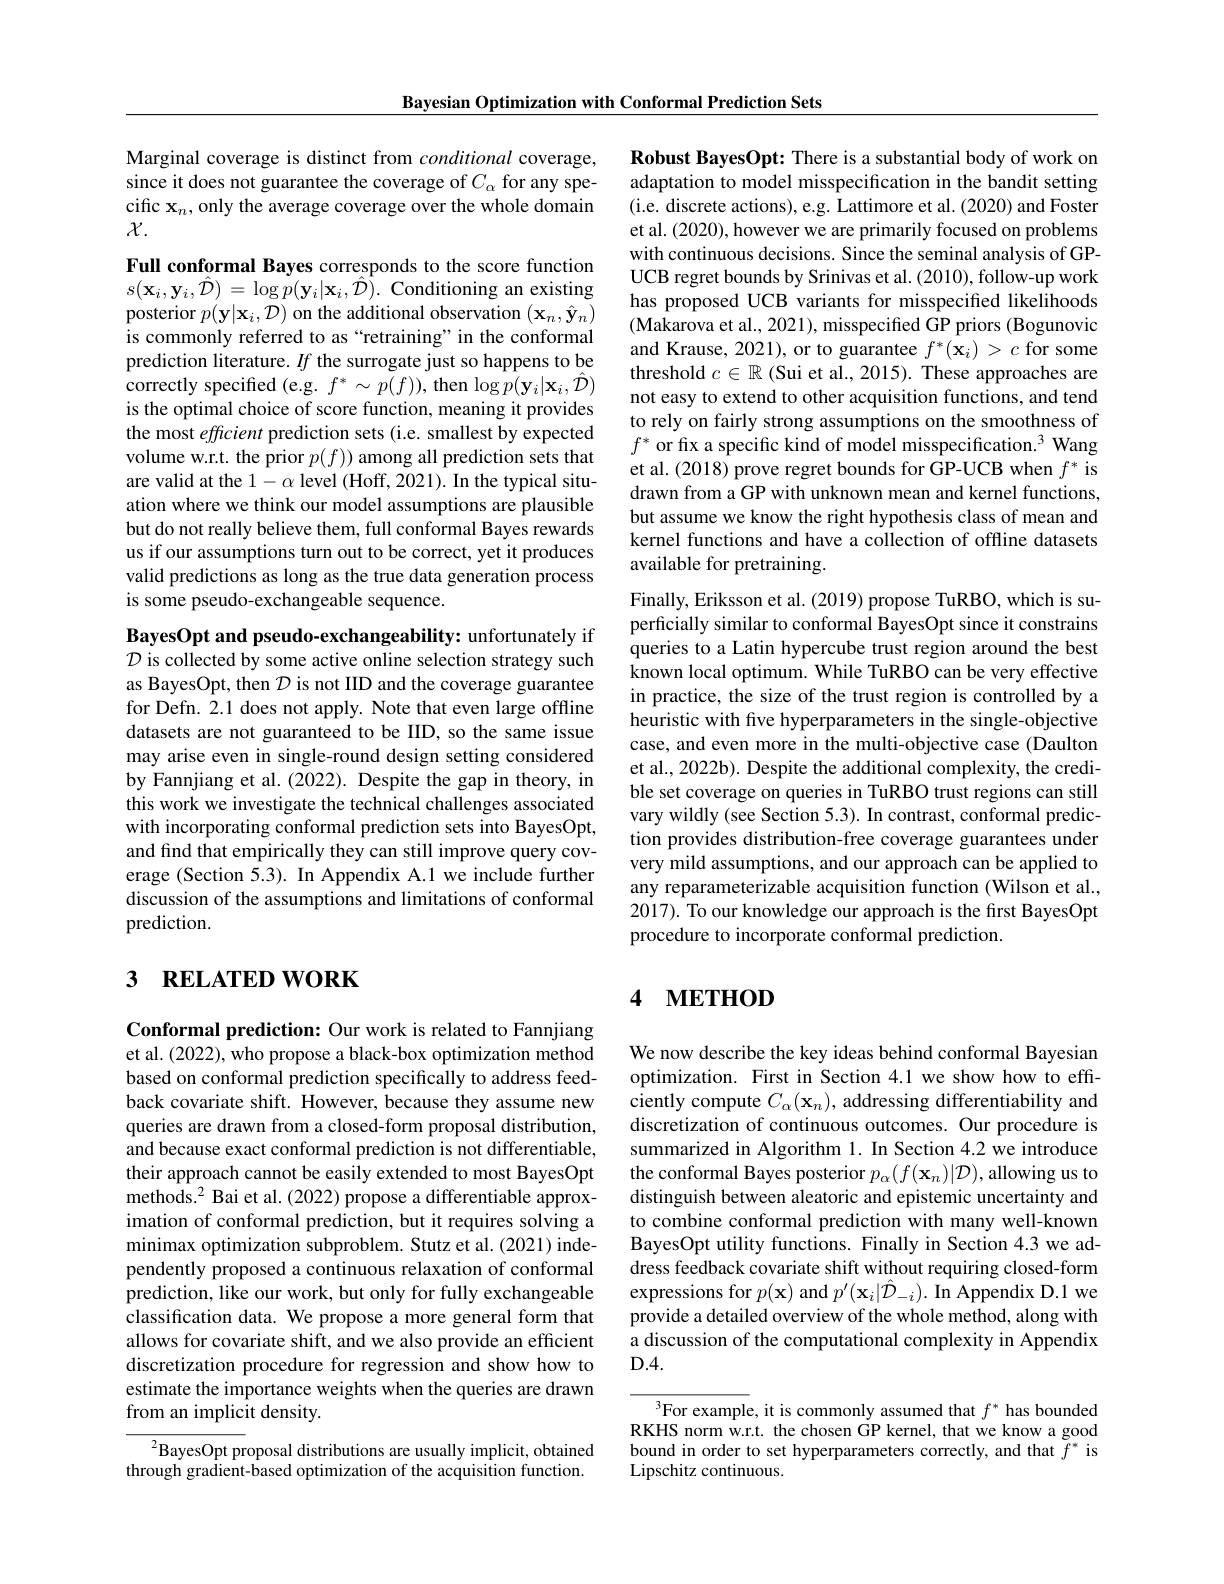
Bayesian Optimization with Conformal Prediction Sets

Marginal coverage is distinct from conditional coverage, since it does not guarantee the coverage of $C_\alpha$ for any specific $\mathbf{x}_n$,only the average coverage over the whole domain $\chi.$

Full conformal Bayes corresponds to the score function $s(\mathbf{x}_{i},\mathbf{y}_{i},\hat{\mathcal{D}})=\log\dot{p}(\mathbf{y}_{i}|\mathbf{x}_{i},\hat{\mathcal{D}}).$ Conditioning an existing posterior $p(\mathbf{y}|\mathbf{x}_{i},\mathcal{D})$ on the additional observation $(\mathbf{x}_{n},\hat{\mathbf{y}}_{n})$ is commonly referred to as “retraining”in the conformal prediction literature. $If$ the surrogate just so happens to be correctly specified ( e. g. $f^{* }\sim p( f) ) $, then log $p( \mathbf{y} _{i}| \mathbf{x} _{i}, \hat{\mathcal{D} } )$ is the optimal choice of score function, meaning it provides the most efficient prediction sets (i.e. smallest by expected volume w.r.t. the prior $p(f))$ among all prediction sets that are valid at the $1-\alpha$ level (Hoff, 2021). In the typical situation where we think our model assumptions are plausible but do not really believe them, full conformal Bayes rewards us if our assumptions turn out to be correct, yet it produces valid predictions as long as the true data generation process is some pseudo-exchangeable sequence.

BayesOpt and pseudo-exchangeability: unfortunately if $\mathcal{D}$ is collected by some active online selection strategy such as BayesOpt, then $\mathcal{D}$ is not IID and the coverage guarantee for Defn. 2.1 does not apply. Note that even large offline datasets are not guaranteed to be IID, so the same issue may arise even in single-round design setting considered by Fannjiang et al. (2022). Despite the gap in theory, in this work we investigate the technical challenges associated with incorporating conformal prediction sets into BayesOpt, and find that empirically they can still improve query coverage (Section 5.3). In Appendix A.1 we include further discussion of the assumptions and limitations of conformal prediction.

# 3 RELATED WORK

Conformal prediction: Our work is related to Fannjiang et al. (2022), who propose a black-box optimization method based on conformal prediction specifically to address feedback covariate shift. However, because they assume new queries are drawn from a closed-form proposal distribution, and because exact conformal prediction is not differentiable, their approach cannot be easily extended to most BayesOpt ${\mathrm{methods.}^{2}}$Bai et al.(2022)propose a differentiable approximation of conformal prediction, but it requires solving a minimax optimization subproblem. Stutz et al. (2021) independently proposed a continuous relaxation of conformal prediction, like our work, but only for fully exchangeable classification data. We propose a more general form that allows for covariate shift, and we also provide an efficient discretization procedure for regression and show how to estimate the importance weights when the queries are drawn from an implicit density.

${}^{2}$BayesOpt proposal distributions are usually implicit, obtained through gradient-based optimization of the acquisition function.

Robust BayesOpt: There is a substantial body of work on adaptation to model misspecification in the bandit setting (i.e. discrete actions), e.g. Lattimore et al. (2020) and Foster et al. (2020), however we are primarily focused on problems with continuous decisions. Since the seminal analysis of GPUCB regret bounds by Srinivas et al. (2010), follow-up work has proposed UCB variants for misspecified likelihoods (Makarova et al., 2021), misspecified GP priors (Bogunovic and Krause, 2021), or to guarantee $f^*(\mathbf{x}_i)>c$ for some threshold $c\in\mathbb{R}$ (Sui et al., 2015). These approaches are not easy to extend to other acquisition functions, and tend to rely on fairly strong assumptions on the smoothness of $f^*$ or fix a specific kind of model misspecification.$^3$ Wang et al. (2018) prove regret bounds for GP-UCB when $f^*$ is drawn from a GP with unknown mean and kernel functions, but assume we know the right hypothesis class of mean and kernel functions and have a collection of offline datasets available for pretraining.

Finally, Eriksson et al. (2019) propose TuRBO, which is superficially similar to conformal BayesOpt since it constrains queries to a Latin hypercube trust region around the best known local optimum. While TuRBO can be very effective in practice, the size of the trust region is controlled by a heuristic with five hyperparameters in the single-objective case, and even more in the multi-objective case (Daulton et al., 2022b). Despite the additional complexity, the credible set coverage on queries in TuRBO trust regions can still vary wildly (see Section 5.3). In contrast, conformal prediction provides distribution-free coverage guarantees under very mild assumptions, and our approach can be applied to any reparameterizable acquisition function (Wilson et al., 2017). To our knowledge our approach is the first BayesOpt procedure to incorporate conformal prediction.

# 4 METHOD

We now describe the key ideas behind conformal Bayesian optimization. First in Section 4.1 we show how to effciently compute $C_\alpha(\mathbf{x}_n)$, addressing differentiability and discretization of continuous outcomes. Our procedure is summarized in Algorithm 1. In Section 4.2 we introduce the conformal Bayes posterior $p_\alpha(f(\mathbf{x}_n)|\mathcal{D})$, allowing us to distinguish between aleatoric and epistemic uncertainty and to combine conformal prediction with many well-known BayesOpt utility functions. Finally in Section 4.3 we address feedback covariate shift without requiring closed-form expressions for $p(\mathbf{x})$ and $p^\prime(\mathbf{x}_i|\hat{\mathcal{D}}_{-i}).$ In Appendix D.1 we provide a detailed overview of the whole method, along with a discussion of the computational complexity in Appendix $D.4.$

$^3$For example, it is commonly assumed that $f^*$ has bounded RKHS norm w.r.t. the chosen GP kernel, that we know a good bound in order to set hyperparameters correctly, and that $\tilde{f}^*$ is Lipschitz continuous.